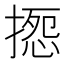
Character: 𢱽